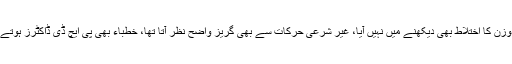
غیر مستند روایات کبھی سننے میں نہیں آئیں، مردوزن کا اختلاط بھی دیکھنے میں نہیں آیا، غیر شرعی حرکات سے بھی گریز واضح نظر آتا تھا، خطباء بھی پی ایچ ڈی ڈاکٹرز ہوتے تھے، یا کم از کم ایم اے ضرور ہوا کرتے تھے ۔